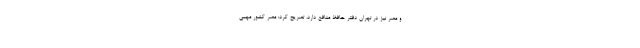
و مصر نیز در تهران دفتر حافظ منافع دارد، تصریح کرد: مصر کشور مهمی